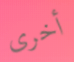
أخرى